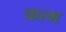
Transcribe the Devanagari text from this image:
कत्म